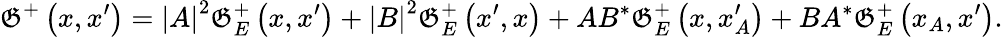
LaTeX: \mathfrak{G}^{+}\left(x,x^{\prime}\right)=\left|A\right|^{2}\mathfrak{G}_{E}^{+}\left(x,x^{\prime}\right)+\left|B\right|^{2}\mathfrak{G}_{E}^{+}\left(x^{\prime},x\right)+AB^{\ast}\mathfrak{G}_{E}^{+}\left(x,x_{A}^{\prime}\right)+BA^{\ast}\mathfrak{G}_{E}^{+}\left(x_{A},x^{\prime}\right).